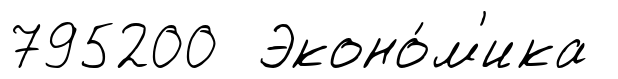
795200 Эконо́м'ика